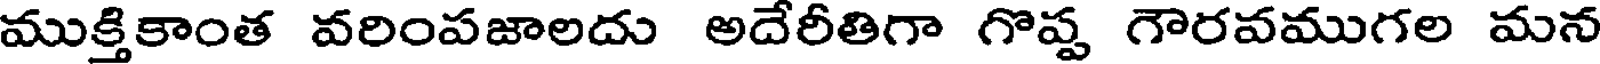
ముక్తికాంత వరింపజాలదు అదేరీతిగా గొప్ప గౌరవముగల మన